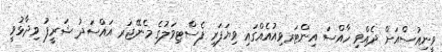
ވީނިއުސްއަށް ދެއްވި ހާއްސަ އިންޓަރވިއުއެއްގައި ވިޔަފަރި ފެސްޓިވަލުގެ މެނޭޖަރ އައްސަދު ޝަރީފު ވިދާޅުވީ